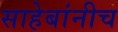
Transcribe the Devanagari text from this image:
साहेबांनीच